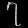
Digit: ၇